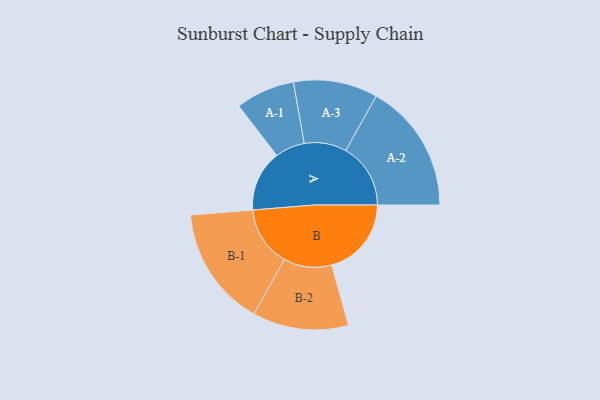
{"axis": {"x": "Segment", "y": "Value"}, "legend": ["", "A", "B"], "data": [{"x": "A", "y": 278, "type": ""}, {"x": "B", "y": 363, "type": ""}, {"x": "A-1", "y": 135, "type": "A"}, {"x": "A-2", "y": 296, "type": "A"}, {"x": "A-3", "y": 192, "type": "A"}, {"x": "B-1", "y": 274, "type": "B"}, {"x": "B-2", "y": 219, "type": "B"}]}